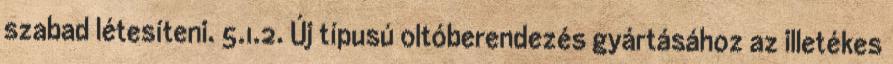
szabad létesíteni. 5.1.2. Új típusú oltóberendezés gyártásához az illetékes